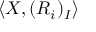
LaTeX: \langle X , ( R _ { i } ) _ { I } \rangle